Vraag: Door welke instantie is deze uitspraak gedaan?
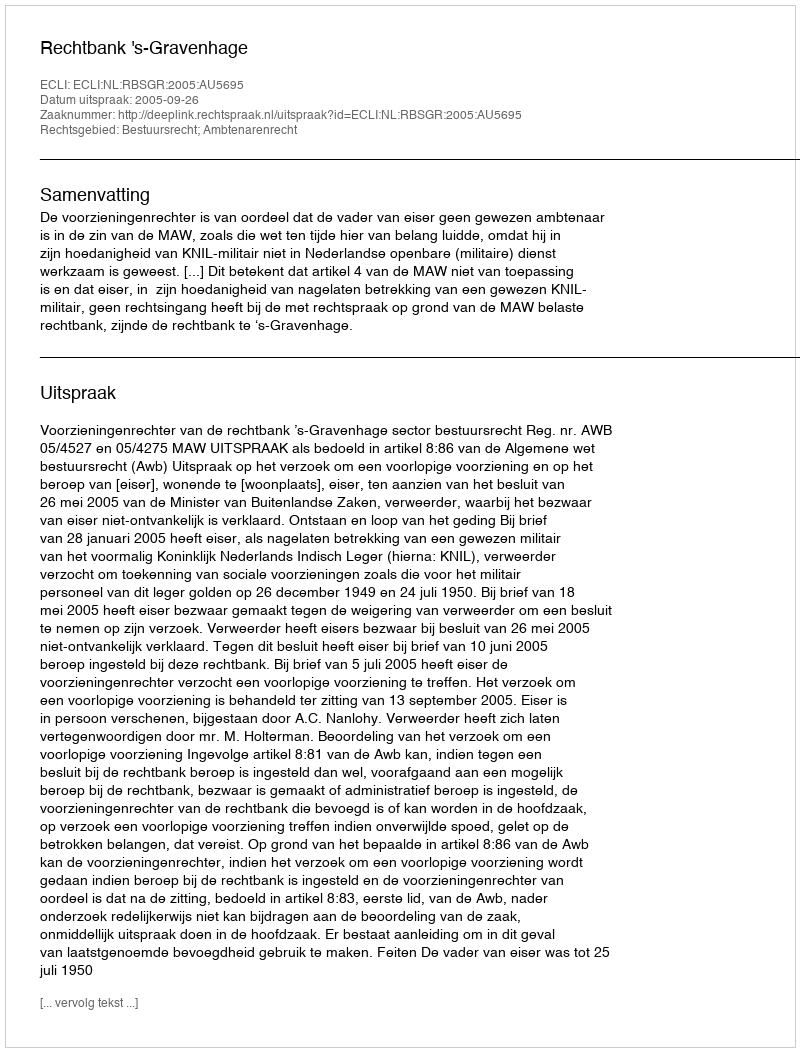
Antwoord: Rechtbank 's-Gravenhage